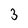
Character: 3